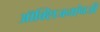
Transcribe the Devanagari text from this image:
ऑक्सिजनऐवजी